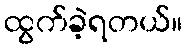
ထွက်ခဲ့ရတယ်။